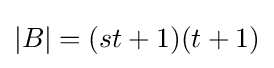
|B|=(st+1)(t+1)